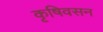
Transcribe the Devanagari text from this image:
कृषिवसन